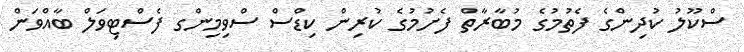
ސްކޫލު ކުދިންގެ ފެތުމުގެ މުބާރާތް ފެށުމުގެ ކުރިން ކިޑްސް ސްވިމިންގ ފެސްޓިވަލް ބާއްވަން